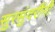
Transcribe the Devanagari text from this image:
सुरसुंदरींनी